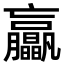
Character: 𦣖